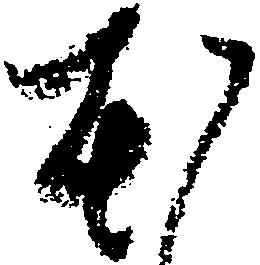
ほ